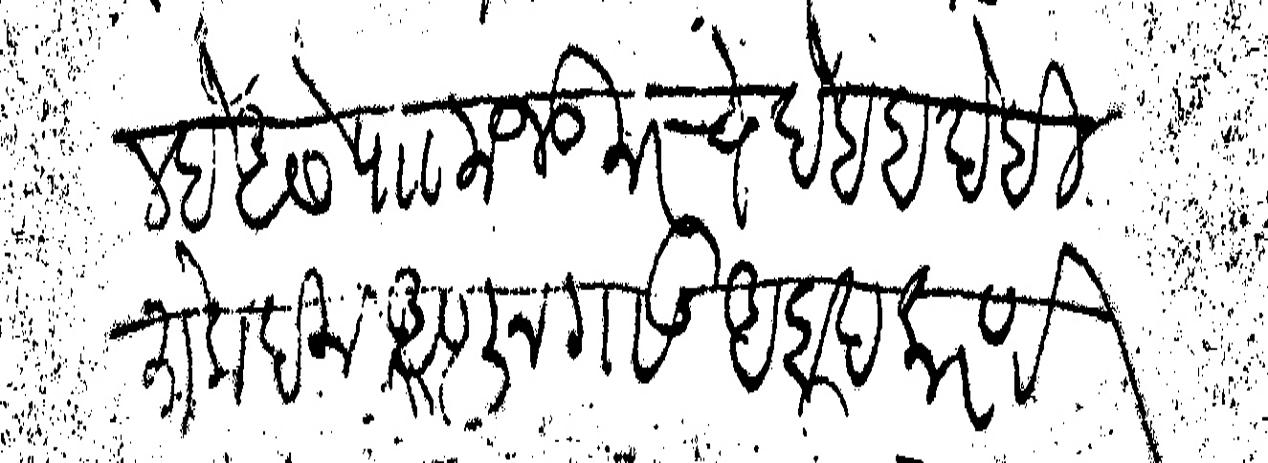
Transliteration (Devanagari): दिल्हे असे पाा मजकूरचे देह बदेही मोकदम आणून गाऊ आबाद करणे